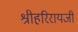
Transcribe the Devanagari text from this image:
श्रीहरिरायजी